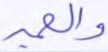
والحمير